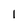
Character: l